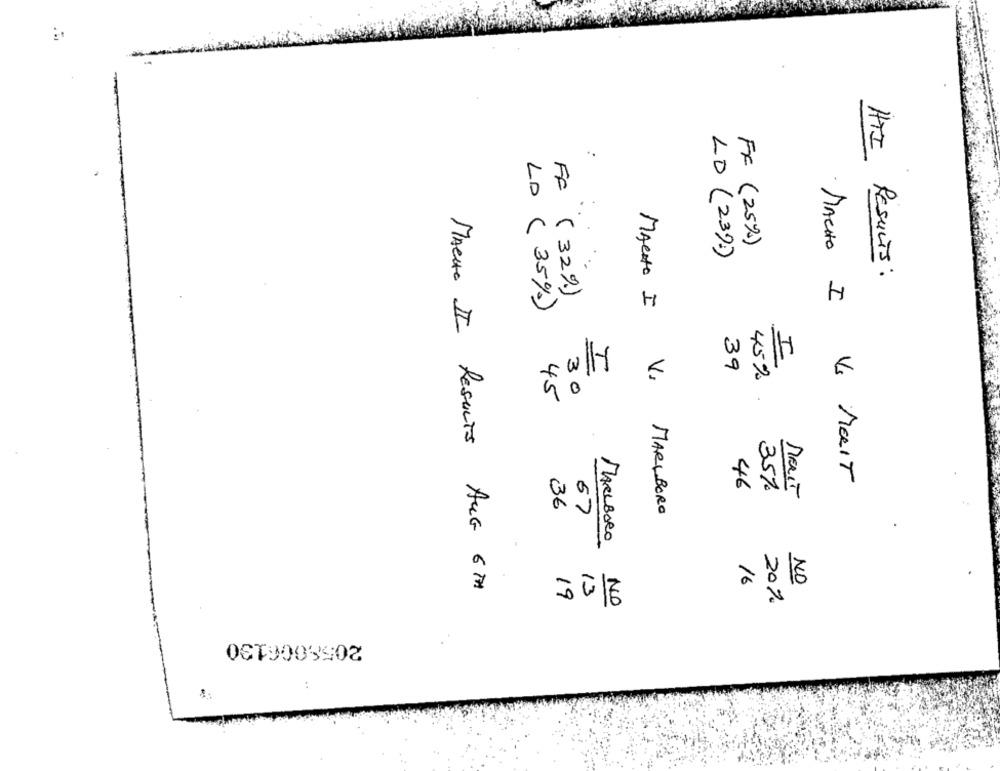
FF (25%)
LD ( 23):)
HTI RESULTS :
FF (32%)
LD ( 35%)
MACHO I
MACHO I
39
45%
V.
30
45
V MOIT
46
35%
MeIT
36
67
MARLBORO
MACHE II Results AUG.
MARLBORO
16
NO
13
19
20%
NO